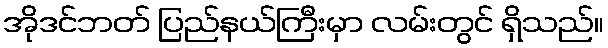
အိုဒင်ဘတ် ပြည်နယ်ကြီးမှာ လမ်းတွင် ရှိသည်။